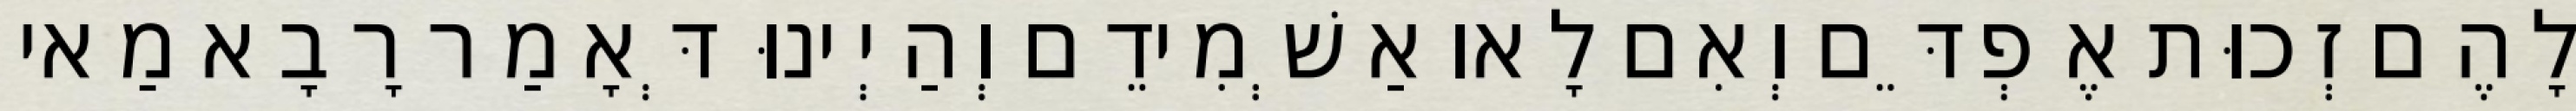
לָהֶם זְכוּת אֶפְדֵּם וְאִם לָאו אַשְׁמִידֵם וְהַיְינוּ דְּאָמַר רָבָא מַאי